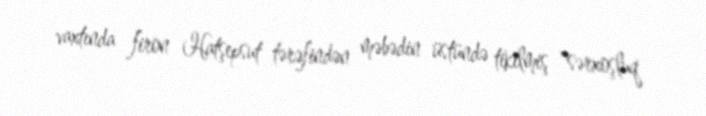
vaxtında firon Hatşepsut tərəfindən məbədin üstündə tikilmiş "sərxoşluq